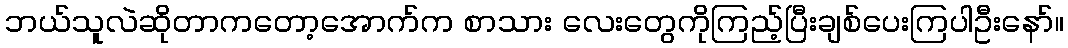
ဘယ်သူလဲဆိုတာကတော့အောက်က စာသား လေးတွေကိုကြည့်ပြီးချစ်ပေးကြပါဦးနော်။